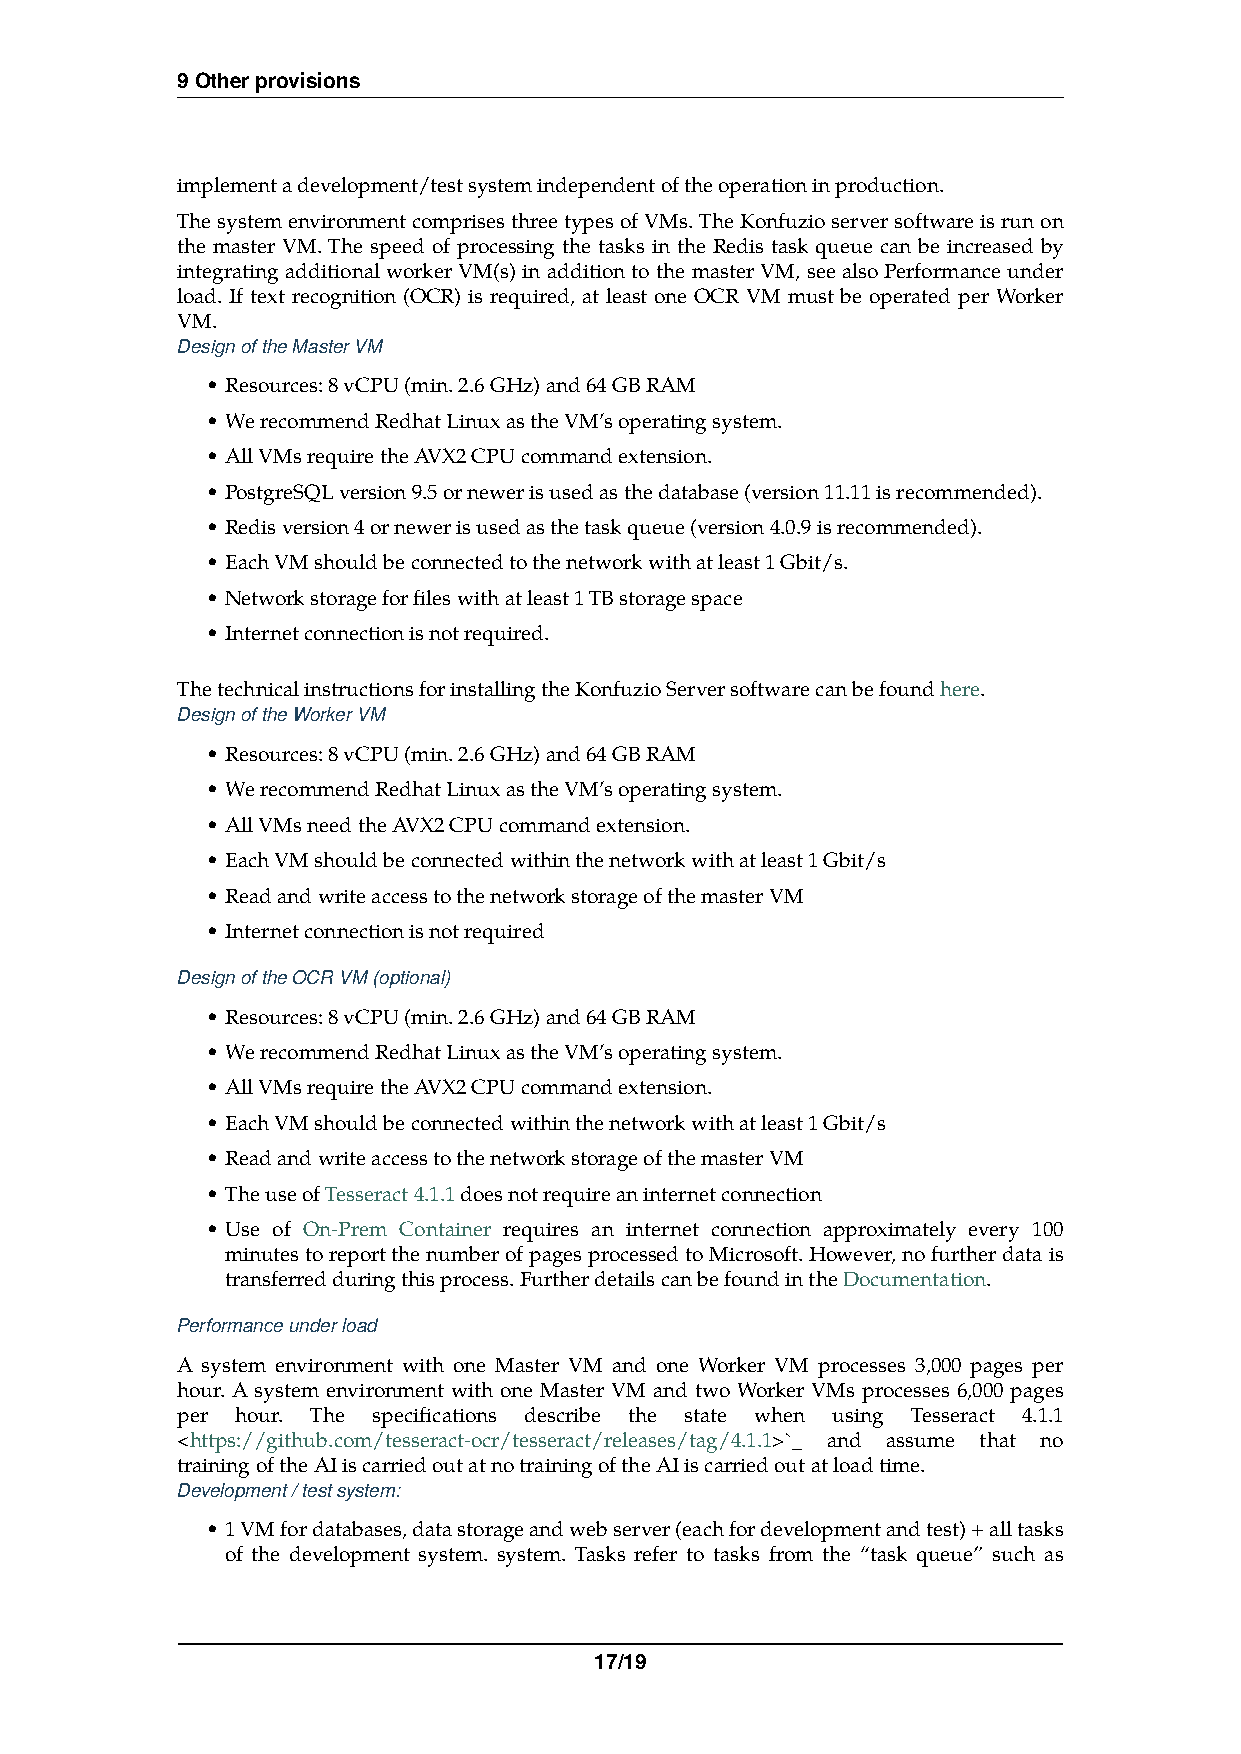
9 Other provisions
 implement a development/test system independent of the operation in production.
 The system environment comprises three types of VMs. The Konfuzio server software is run on
 the master VM. The speed of processing the tasks in the Redis task queue can be increased by
 integrating additional worker VM(s) in addition to the master VM, see also Performance under
 load. If text recognition (OCR) is required, at least one OCR VM must be operated per Worker
 VM.
 Design of the Master VM
 •Resources: 8 vCPU (min. 2.6 GHz) and 64 GB RAM
 •We recommend Redhat Linux as the VM’s operating system.
 •All VMs require the AVX2 CPU command extension.
 •PostgreSQL version 9.5 or newer is used as the database (version 11.11 is recommended).
 •Redis version 4 or newer is used as the task queue (version 4.0.9 is recommended).
 •Each VM should be connected to the network with at least 1 Gbit/s.
 •Network storage for files with at least 1 TB storage space
 •Internet connection is not required.
 The technical instructions for installing the Konfuzio Server software can be found here.
 Design of the Worker VM
 •Resources: 8 vCPU (min. 2.6 GHz) and 64 GB RAM
 •We recommend Redhat Linux as the VM’s operating system.
 •All VMs need the AVX2 CPU command extension.
 •Each VM should be connected within the network with at least 1 Gbit/s
 •Read and write access to the network storage of the master VM
 •Internet connection is not required
 Design of the OCR VM (optional)
 •Resources: 8 vCPU (min. 2.6 GHz) and 64 GB RAM
 •We recommend Redhat Linux as the VM’s operating system.
 •All VMs require the AVX2 CPU command extension.
 •Each VM should be connected within the network with at least 1 Gbit/s
 •Read and write access to the network storage of the master VM
 •The use of Tesseract 4.1.1 does not require an internet connection
 •Use of On-Prem Container requires an internet connection approximately every 100
 minutes to report the number of pages processed to Microsoft. However, no further data is
 transferred during this process. Further details can be found in the Documentation.
 Performance under load
 A system environment with one Master VM and one Worker VM processes 3,000 pages per
 hour. A system environment with one Master VM and two Worker VMs processes 6,000 pages
 per hour. The specifications describe the state when using Tesseract 4.1.1
 <https://github.com/tesseract-ocr/tesseract/releases/tag/4.1.1>`_ and assume that no
 training of the AI is carried out at no training of the AI is carried out at load time.
 Development / test system:
 •1 VM for databases, data storage and web server (each for development and test) + all tasks
 of the development system. system. Tasks refer to tasks from the “task queue” such as
 17/19